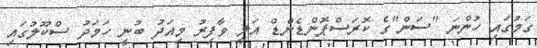
ގަމުގައި ހުންނަ "ސަން"ގެ ކޮރަސްޕޮންޑެންޑް އަލީ ވާފިރު މިއަދު ބުނީ ހަމަދު ސްކޫލުގައި